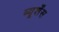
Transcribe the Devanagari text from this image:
ब्यूर्शेंस